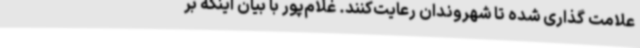
علامت گذاری شده تا شهروندان رعایت‌کنند. غلام‌پور با بیان اینکه بر